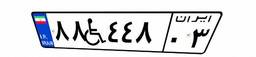
۸۸W۴۴۸۰۳